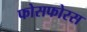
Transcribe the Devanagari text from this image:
फोसफोरस